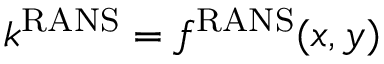
k ^ { \mathrm { R A N S } } = f ^ { \mathrm { R A N S } } ( x , y )